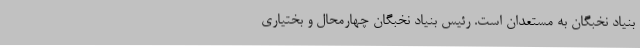
بنیاد نخبگان به مستعدان است. رئیس بنیاد نخبگان چهارمحال و بختیاری